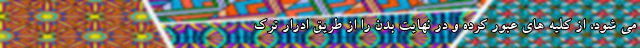
می شود، از کلیه های عبور کرده و در نهایت بدن را از طریق ادرار ترک